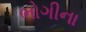
ભોગીના